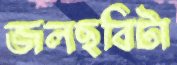
জলছবিটা